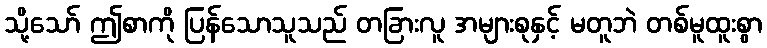
သို့သော် ဤစာကို ပြန်သောသူသည် တခြားလူ အများစုနှင့် မတူဘဲ တစ်မူထူးစွာ